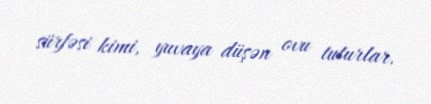
sürfəsi kimi, yuvaya düşən ovu tuturlar.